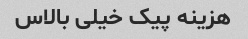
هزینه پیک خیلی بالاس